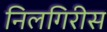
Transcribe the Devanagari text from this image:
निलगिरीस